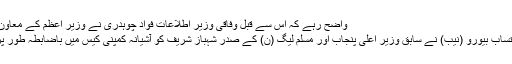
واضح رہے کہ اس سے قبل وفاقی وزیر اطلاعات فواد چوہدری نے وزیر اعظم کے معاون خصوصی …
لاہور: قومی احتساب بیورو (نیب) نے سابق وزیر اعلیٰ پنجاب اور مسلم لیگ (ن) کے صدر شہباز شریف کو آشیانہ کمپنی کیس میں باضابطہ طور پر گرفتار کرلیا۔